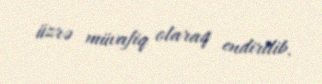
üzrə müvafiq olaraq endirilib.